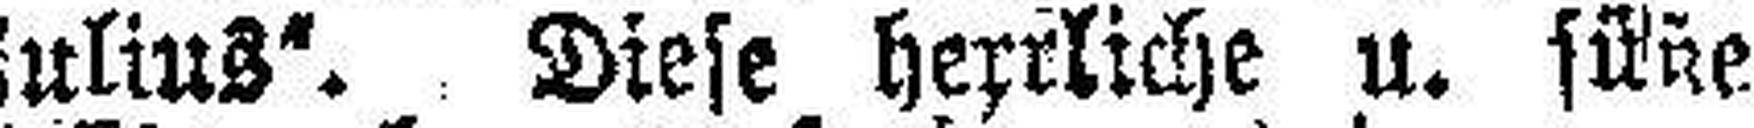
Julius“. Diese herrliche u. süße